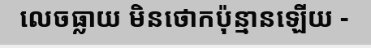
លេចធ្លាយ មិនថោកប៉ុន្មានឡើយ -